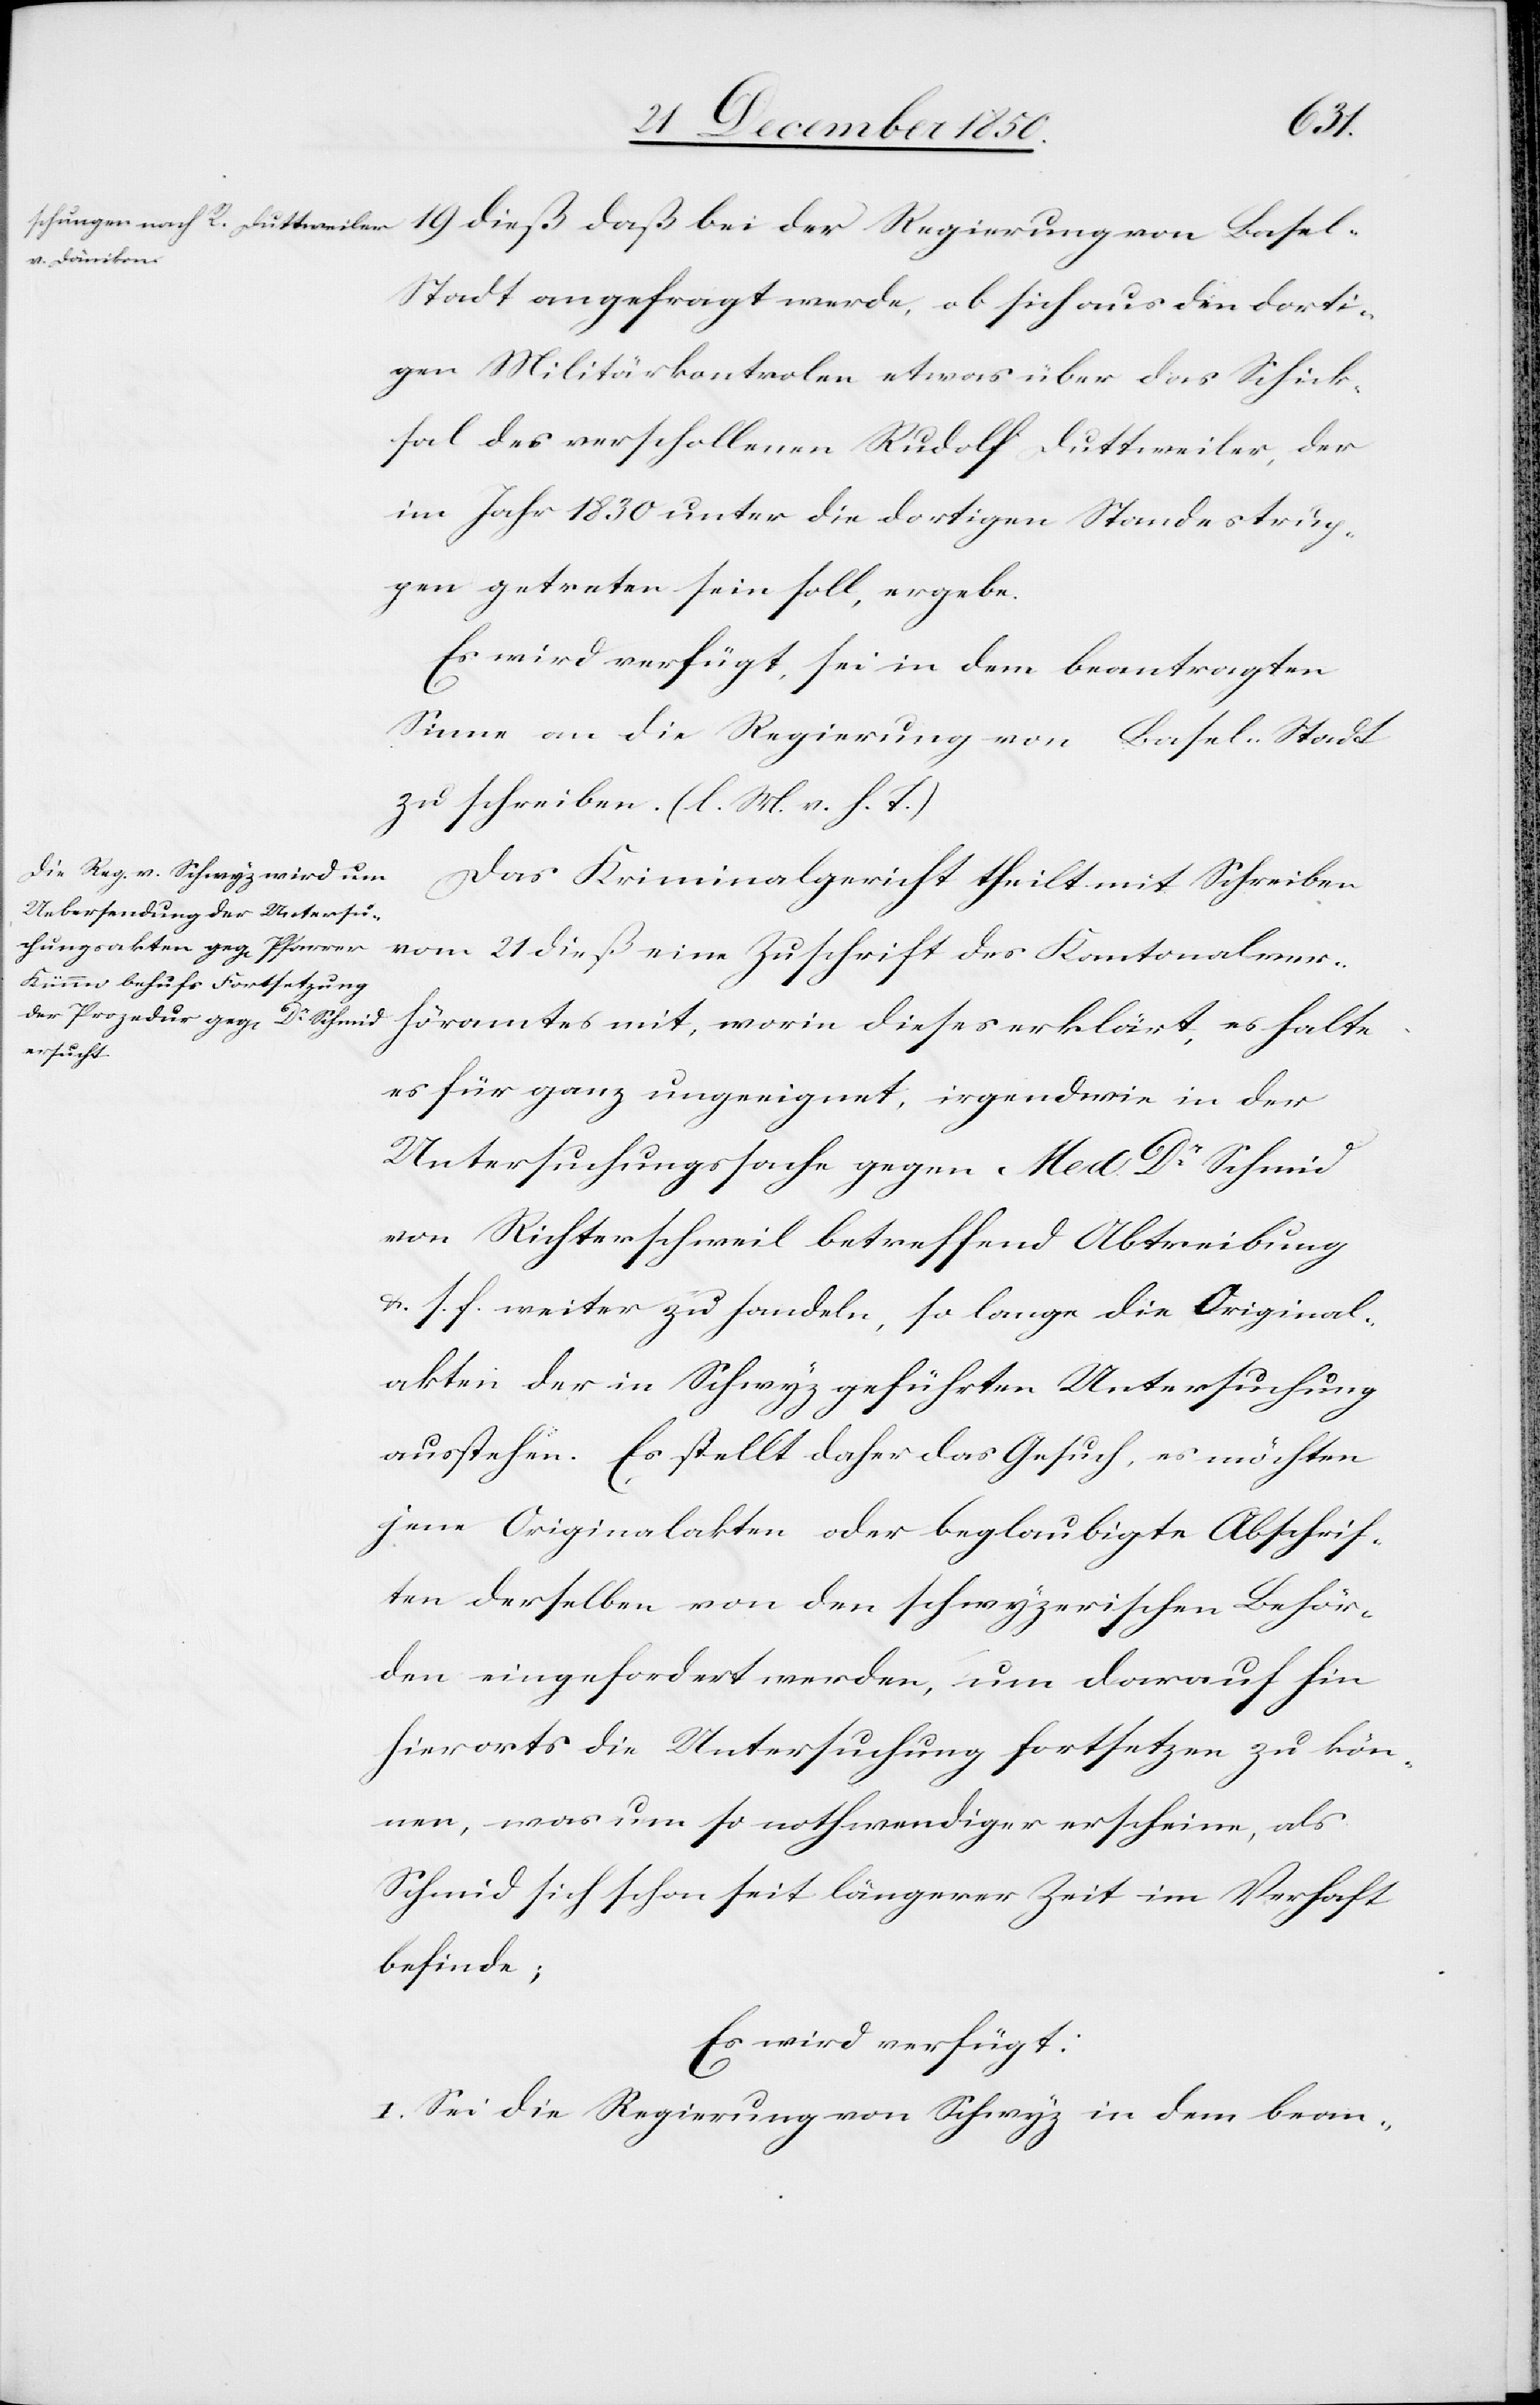
den
27 December 1850.]
l-Stadt angefragt werde, ob sich aus den dorti¬
gen Militärkontrolen etwas über das Schick¬
sal des verschollenen Rudolf Duttweiler, der
im Jahr 1830 unter die dortigen Standestrup¬
pen getreten sein soll, ergebe.
Es wird verfügt, sei in dem beantragten
Sinne an die Regierung von Basel-Stadt
zu schreiben. (l. M. v. h. T.)
Das Kriminalgericht theilt mit Schreiben
vom 21 dieß eine Zuschrift des Kantonalverh¬
öramtes mit, worin dieses erklärt, es halte
es für ganz ungeeignet, irgendwie in der
Untersuchungssache gegen Med. Dr Schmid
von Richterschweil betreffend Abtreibung
u. s. f. weiter zu handeln, so lange die Original¬
akten der in Schwyz geführten Untersuchung
ausstehen. Es stellt daher das Gesuch, es möchten
jene Originalakten oder beglaubigte Abschrif¬
ten derselben von den schwyzerischen Behör¬
den eingefordert werden, um darauf hin
hierorts die Untersuchung fortsetzen zu kön¬
nen, was um so nothwendiger erscheine, als
Schmid sich schon seit längerer Zeit im Verhaft
befinde;
Es wird verfügt:
I. Sei die Regierung von Schwyz in dem bean-